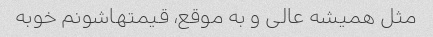
مثل همیشه عالی و به موقع، قیمتهاشونم خوبه